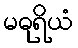
မဓုရိယံ